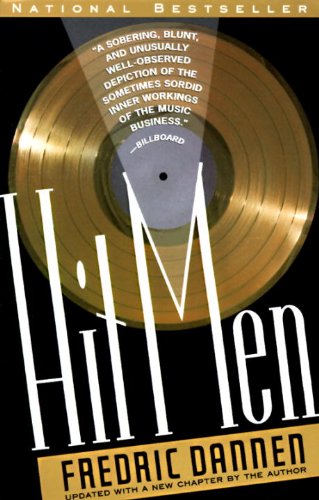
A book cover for Hit Men: Power Brokers and Fast Money Inside the Music Business; Fredric Dannen; Arts & Photography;